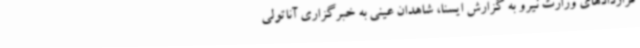
قراردادهای وزارت نیرو به گزارش ایسنا، شاهدان عینی به خبرگزاری آناتولی